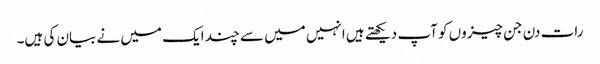
رات دن جن چیزوں کو آپ دیکھتے ہیں انہیں میں سے چند ایک میں نے بیان کی ہیں۔